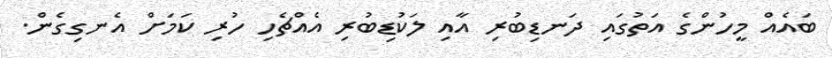
ބައެއް މީހުންގެ އަތުގައި ދަނޑިބުރި އާއި ލަކުޑިބުރި އެއްޗެހި ހުރި ކަމަށް އެނގިގެން.